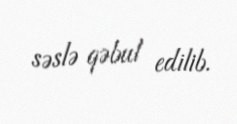
səslə qəbul edilib.